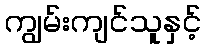
ကျွမ်းကျင်သူနှင့်